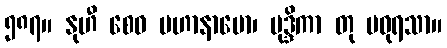
၅၈၇။ နုဟီ စေဝ မဟာနာမော၊ မုဒ္ဒိကာ တု မဓုရသာ။